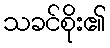
သခင်စိုး၏